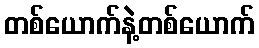
တစ်ယောက်နဲ့တစ်ယောက်